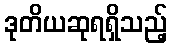
ဒုတိယဆုရရှိသည့်